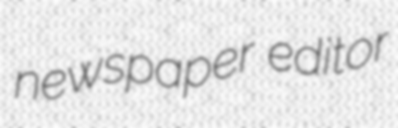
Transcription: newspaper editor